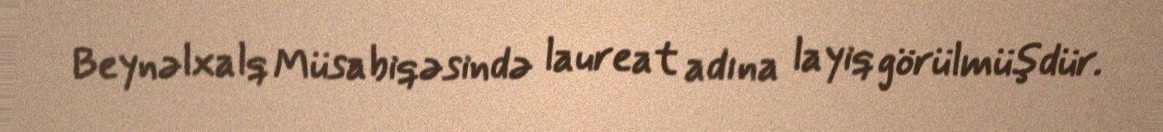
Beynəlxalq Müsabiqəsində laureat adına layiq görülmüşdür.